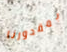
بمقدورنا